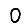
Digit: 0